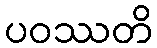
ပဝဿတိ